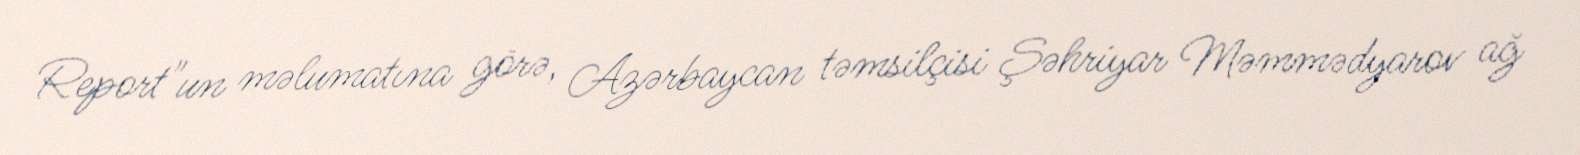
Report"un məlumatına görə, Azərbaycan təmsilçisi Şəhriyar Məmmədyarov ağ